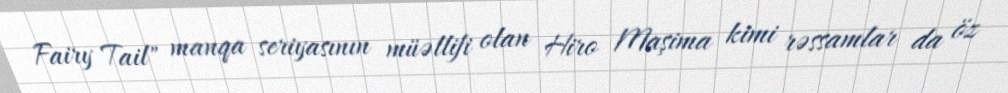
Fairy Tail" manqa seriyasının müəllifi olan Hiro Maşima kimi rəssamlar da öz